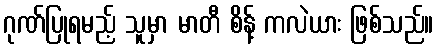
ဂုဏ်ပြုရမည့် သူမှာ မာတီ စိန့် ကလဲယား ဖြစ်သည်။